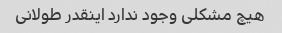
هیچ مشکلی وجود ندارد اینقدر طولانی